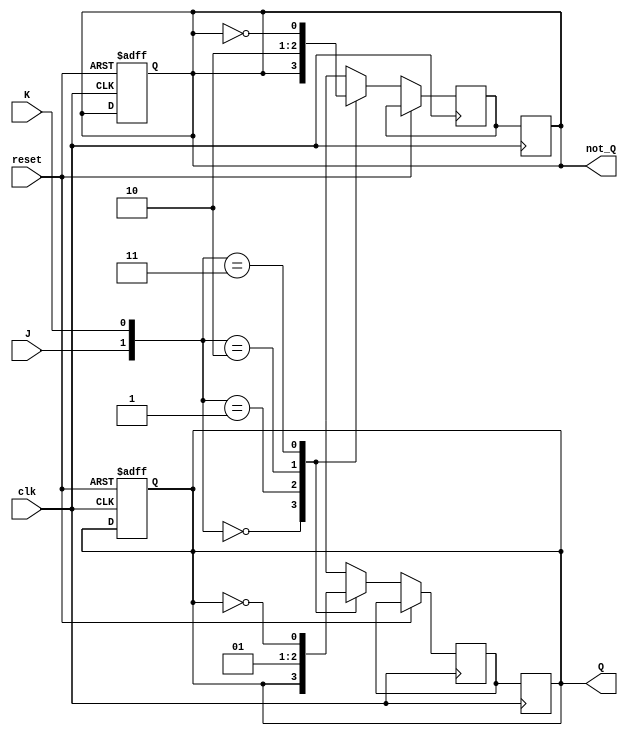
module jk_latch (
    input J,
    input K,
    input clk,
    input reset,
    output reg Q,
    output reg not_Q
);

reg Q_next, not_Q_next;

always@(posedge clk or posedge reset) begin
    if (reset) begin
        Q <= 1'b0;
        not_Q <= 1'b1;
    end else begin
        case({J,K})
            2'b00: begin
                Q_next = Q;
                not_Q_next = not_Q;
            end
            2'b01: begin
                Q_next = 1'b0;
                not_Q_next = 1'b1;
            end
            2'b10: begin
                Q_next = 1'b1;
                not_Q_next = 1'b0;
            end
            2'b11: begin
                Q_next = ~Q;
                not_Q_next = ~not_Q;
            end
        endcase
    end
end

always@(posedge clk) begin
    Q <= Q_next;
    not_Q <= not_Q_next;
end

endmodule